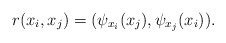
\begin{align*} r(x_i,x_j)=(\psi_{x_i}(x_j),\psi_{x_j}(x_i)). \end{align*}